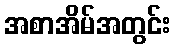
အစာအိမ်အတွင်း